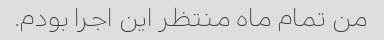
من تمام ماه منتظر این اجرا بودم.